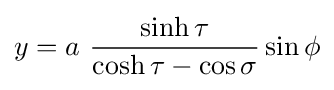
y=a\ {\frac {\sinh \tau }{\cosh \tau -\cos \sigma }}\sin \phi